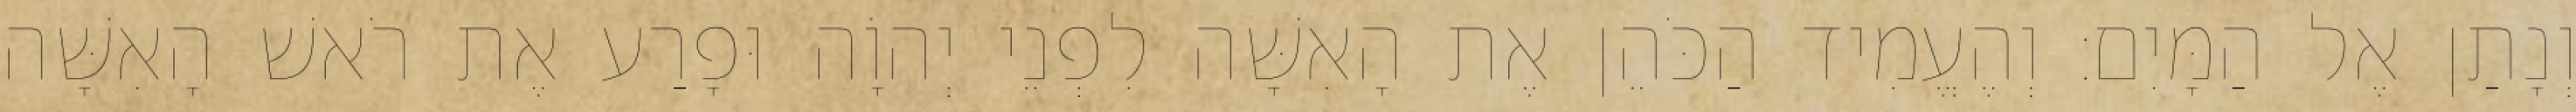
וְנָתַן אֶל הַמָּיִם׃ וְהֶעֱמִיד הַכֹּהֵן אֶת הָאִשָּׁה לִפְנֵי יְהוָֹה וּפָרַע אֶת רֹאשׁ הָאִשָּׁה